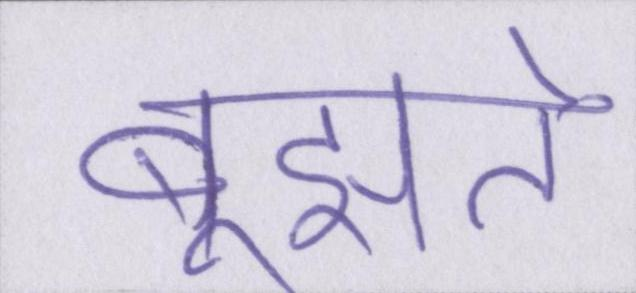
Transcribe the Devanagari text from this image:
बूझते